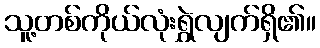
သူ့တစ်ကိုယ်လုံးရွှဲလျက်ရှိ၏။